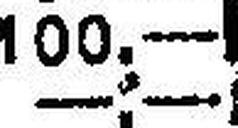
—.—